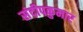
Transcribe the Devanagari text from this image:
संदीपकुमार